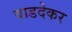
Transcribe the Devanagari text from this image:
वाडदेकर